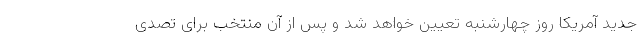
جدید آمریکا روز چهارشنبه تعیین خواهد شد و پس از آن منتخب برای تصدی